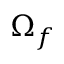
\Omega _ { f }